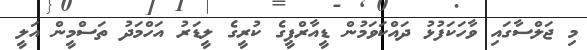
މި ޖަލްސާގައި ވާހަކަފުޅު ދައްކަވަމުން ޑީއާރްޕީގެ ކުރީގެ ލީޑަރު އަހްމަދު ތަސްމީން އަލީ